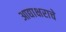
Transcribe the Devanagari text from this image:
आद्याक्षराचे